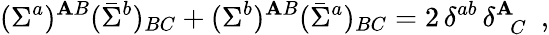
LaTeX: (\Sigma^{a})^{\mathbf{A}B}(\bar{{\Sigma}}^{b})_{BC}+(\Sigma^{b})^{\mathbf{A}B}(\bar{{\Sigma}}^{a})_{BC}=2\, \delta^{ab}\, \delta_{\, \, \, C}^{\mathbf{A}}~~,